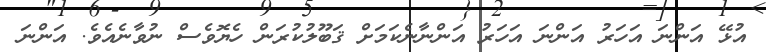
އުޅޭ އަންނަ އަހަރު އަންނަ އަހަރު އަންނާނެކަމަށް ޤަބޫލުކުރަން ހެޔޮވެސް ނުވާނެއެވެ. އަންނަ